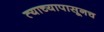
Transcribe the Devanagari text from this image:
त्याच्यापासूनच